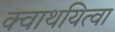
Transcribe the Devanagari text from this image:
क्वाथयित्वा